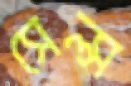
সেল্স